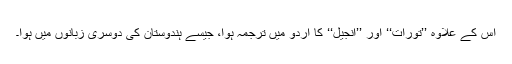
اس کے علاوہ ’’تورات‘‘ اور ’’انجیل‘‘ کا اردو میں ترجمہ ہوا، جیسے ہندوستان کی دوسری زبانوں میں ہوا۔